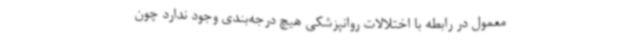
معمول در رابطه با اختلالات روانپزشکی هیچ درجه‌بندی وجود ندارد چون